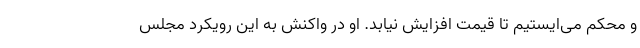
و محکم می‌ایستیم تا قیمت افزایش نیابد. او در واکنش به این رویکرد مجلس